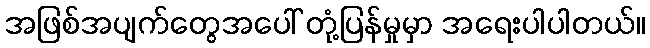
အဖြစ်အပျက်တွေအပေါ် တုံ့ပြန်မှုမှာ အရေးပါပါတယ်။